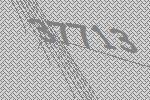
37713